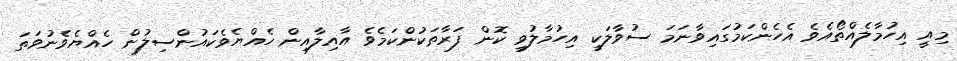
މިއީ އިހުމާލެއްތޯއެވެ އެހެންކަމުގައިވާނަމަ ސުވާލަކީ އިހުމާލުވީ ކޮން ފަރާތަކުންކަމެވެ އާއިލާއިން ހެއްޔެވެކައުންސިލުން ހެއްޔެވެނުވަތަ